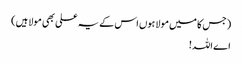
(جس کا میں مولا ہوں اس کے یہ علی بھی مولا ہیں)
اے اللہ!